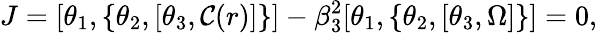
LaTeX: J=[\theta_{1},\{ \theta_{2},[\theta_{3},\mathcal{C}(r)]\} ]-\beta_{3}^{2}[\theta_{1},\{ \theta_{2},[\theta_{3},\Omega]\} ]=0,